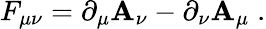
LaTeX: F_{\mu\nu}=\partial_{\mu}\mathbf{A}_{\nu}-\partial_{\nu}\mathbf{A}_{\mu}\; .